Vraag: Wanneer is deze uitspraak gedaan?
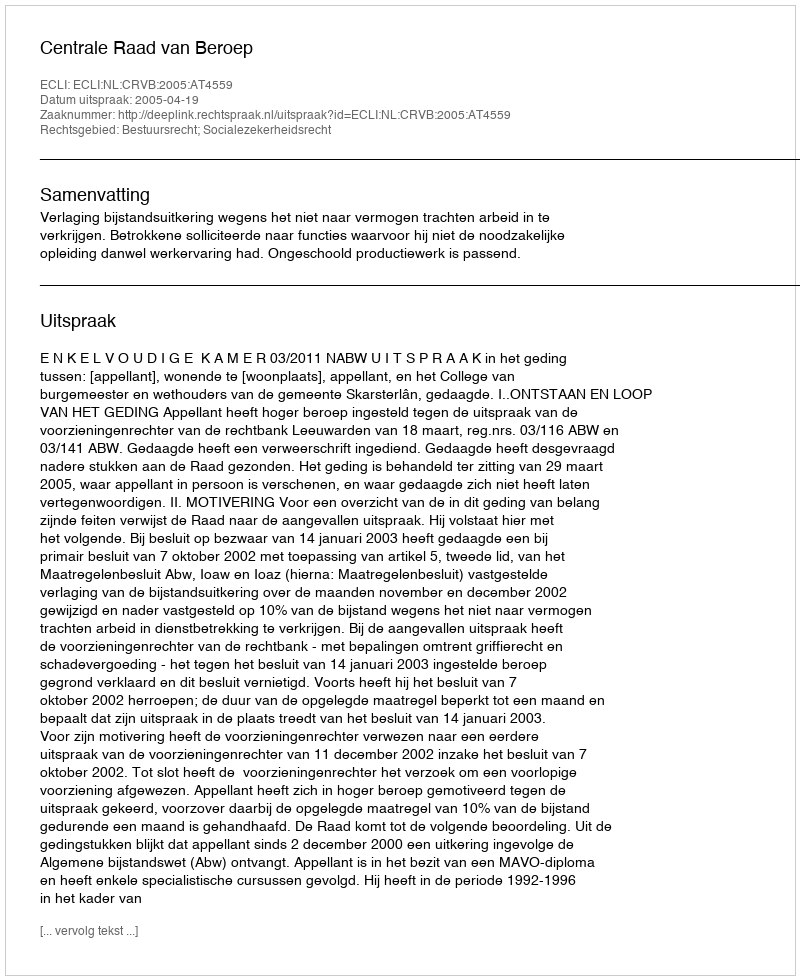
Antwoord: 2005-04-19